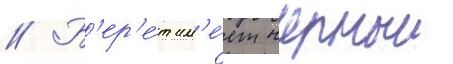
// Б'ер'е́т им'е́ет черныи